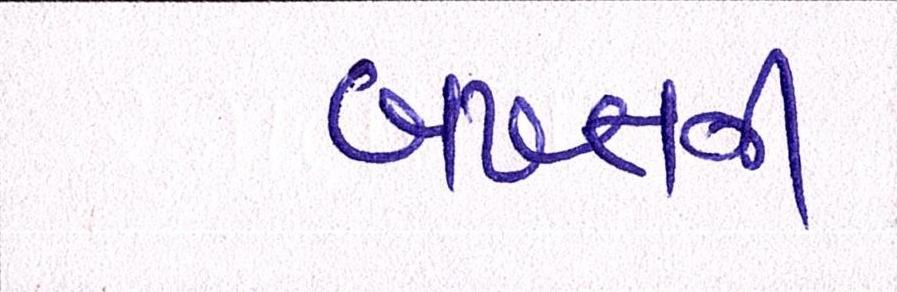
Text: બખ્તની